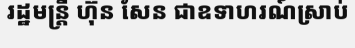
រដ្ឋមន្ត្រី ហ៊ុន សែន ជាឧទាហរណ៍ស្រាប់